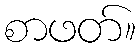
စာဖတ်။